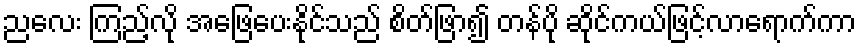
ညလေး ကြည့်လို အဖြေပေးနိုင်သည် စိတ်ဖြာ၍ တန်ပို ဆိုင်ကယ်ဖြင့်လာရောက်ကာ